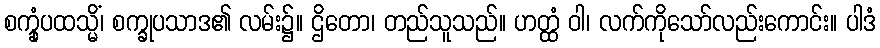
စက္ခုံပထသ္မိံ၊ စက္ခုပသာဒ၏ လမ်း၌။ ဌိတော၊ တည်သူသည်။ ဟတ္ထံ ဝါ၊ လက်ကိုသော်လည်းကောင်း။ ပါဒံ